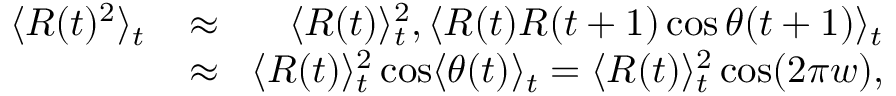
\begin{array} { r l r } { \langle R ( t ) ^ { 2 } \rangle _ { t } \! } & { { } \approx } & { \! \langle R ( t ) \rangle _ { t } ^ { 2 } , \langle R ( t ) R ( t + 1 ) \cos \theta ( t + 1 ) \rangle _ { t } } \\ { \! } & { { } \approx } & { \! \langle R ( t ) \rangle _ { t } ^ { 2 } \cos \langle \theta ( t ) \rangle _ { t } = \langle R ( t ) \rangle _ { t } ^ { 2 } \cos ( 2 \pi w ) , } \end{array}